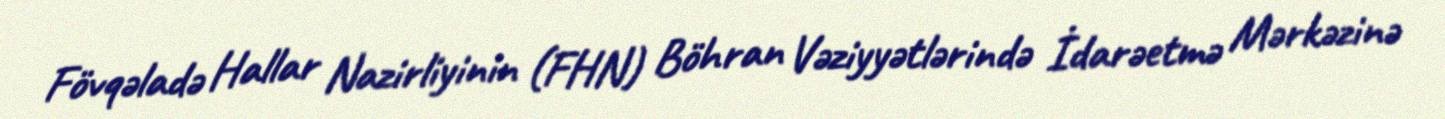
Fövqəladə Hallar Nazirliyinin (FHN) Böhran Vəziyyətlərində İdarəetmə Mərkəzinə